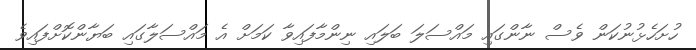
ހުށަހެޅުނުކަން ވެސް ނާންގައި މައްސަލަ ބަލައި ނިންމާފައިވާ ކަމަށް އެ މައްސަލާގައި ބަޔާންކޮށްފައިވެ